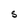
Character: S